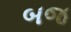
બજ